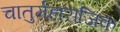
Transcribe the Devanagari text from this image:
चातुर्महाराजिक